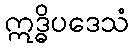
ဣဒ္ဓိပဒေသံ